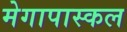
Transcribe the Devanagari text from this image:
मेगापास्कल